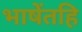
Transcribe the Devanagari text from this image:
भाषेंतहि